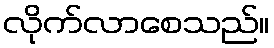
လိုက်လာစေသည်။